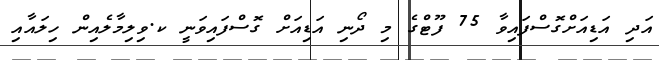
އަދި އަޑިއަށްގޮސްފައިވާ 75 ފޫޓްގެ މި ދޯނި އަޑިއަށް ގޮސްފައިވަނީ ކ.ވިލިމާލެއިން ހިލައާއި